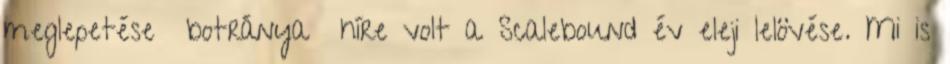
meglepetése botránya híre volt a Scalebound év eleji lelövése. Mi is